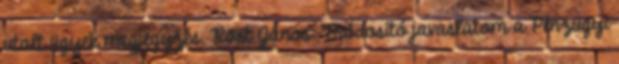
utalt ügyek megjegyzés. Röst János: Módosító javaslatom a Pénzügyi